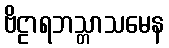
ဗိဠာရဘသ္တာသမေန